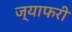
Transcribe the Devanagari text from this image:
ज्याफरी